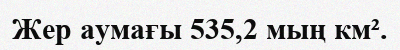
Жер аумағы 535,2 мың км².